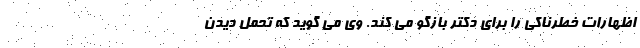
اظهارات خطرناکی را برای دکتر بازگو می کند. وی می گوید که تحمل دیدن